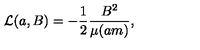
{ \cal L } ( a , B ) = - \frac { 1 } { 2 } \frac { B ^ { 2 } } { \mu ( a m ) } ,